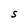
Character: S